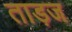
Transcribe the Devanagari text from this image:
ताड़ज